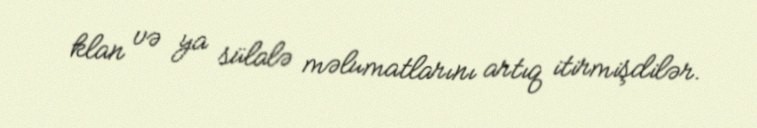
klan və ya sülalə məlumatlarını artıq itirmişdilər.